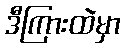
ဒီကြားထဲမှာ